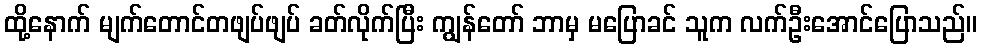
ထို့နောက် မျက်တောင်တဖျပ်ဖျပ် ခတ်လိုက်ပြီး ကျွန်တော် ဘာမှ မပြောခင် သူက လက်ဦးအောင်ပြောသည်။